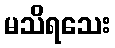
မသိရသေး